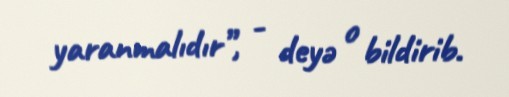
yaranmalıdır”, - deyə o bildirib.